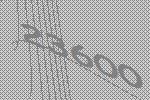
23600